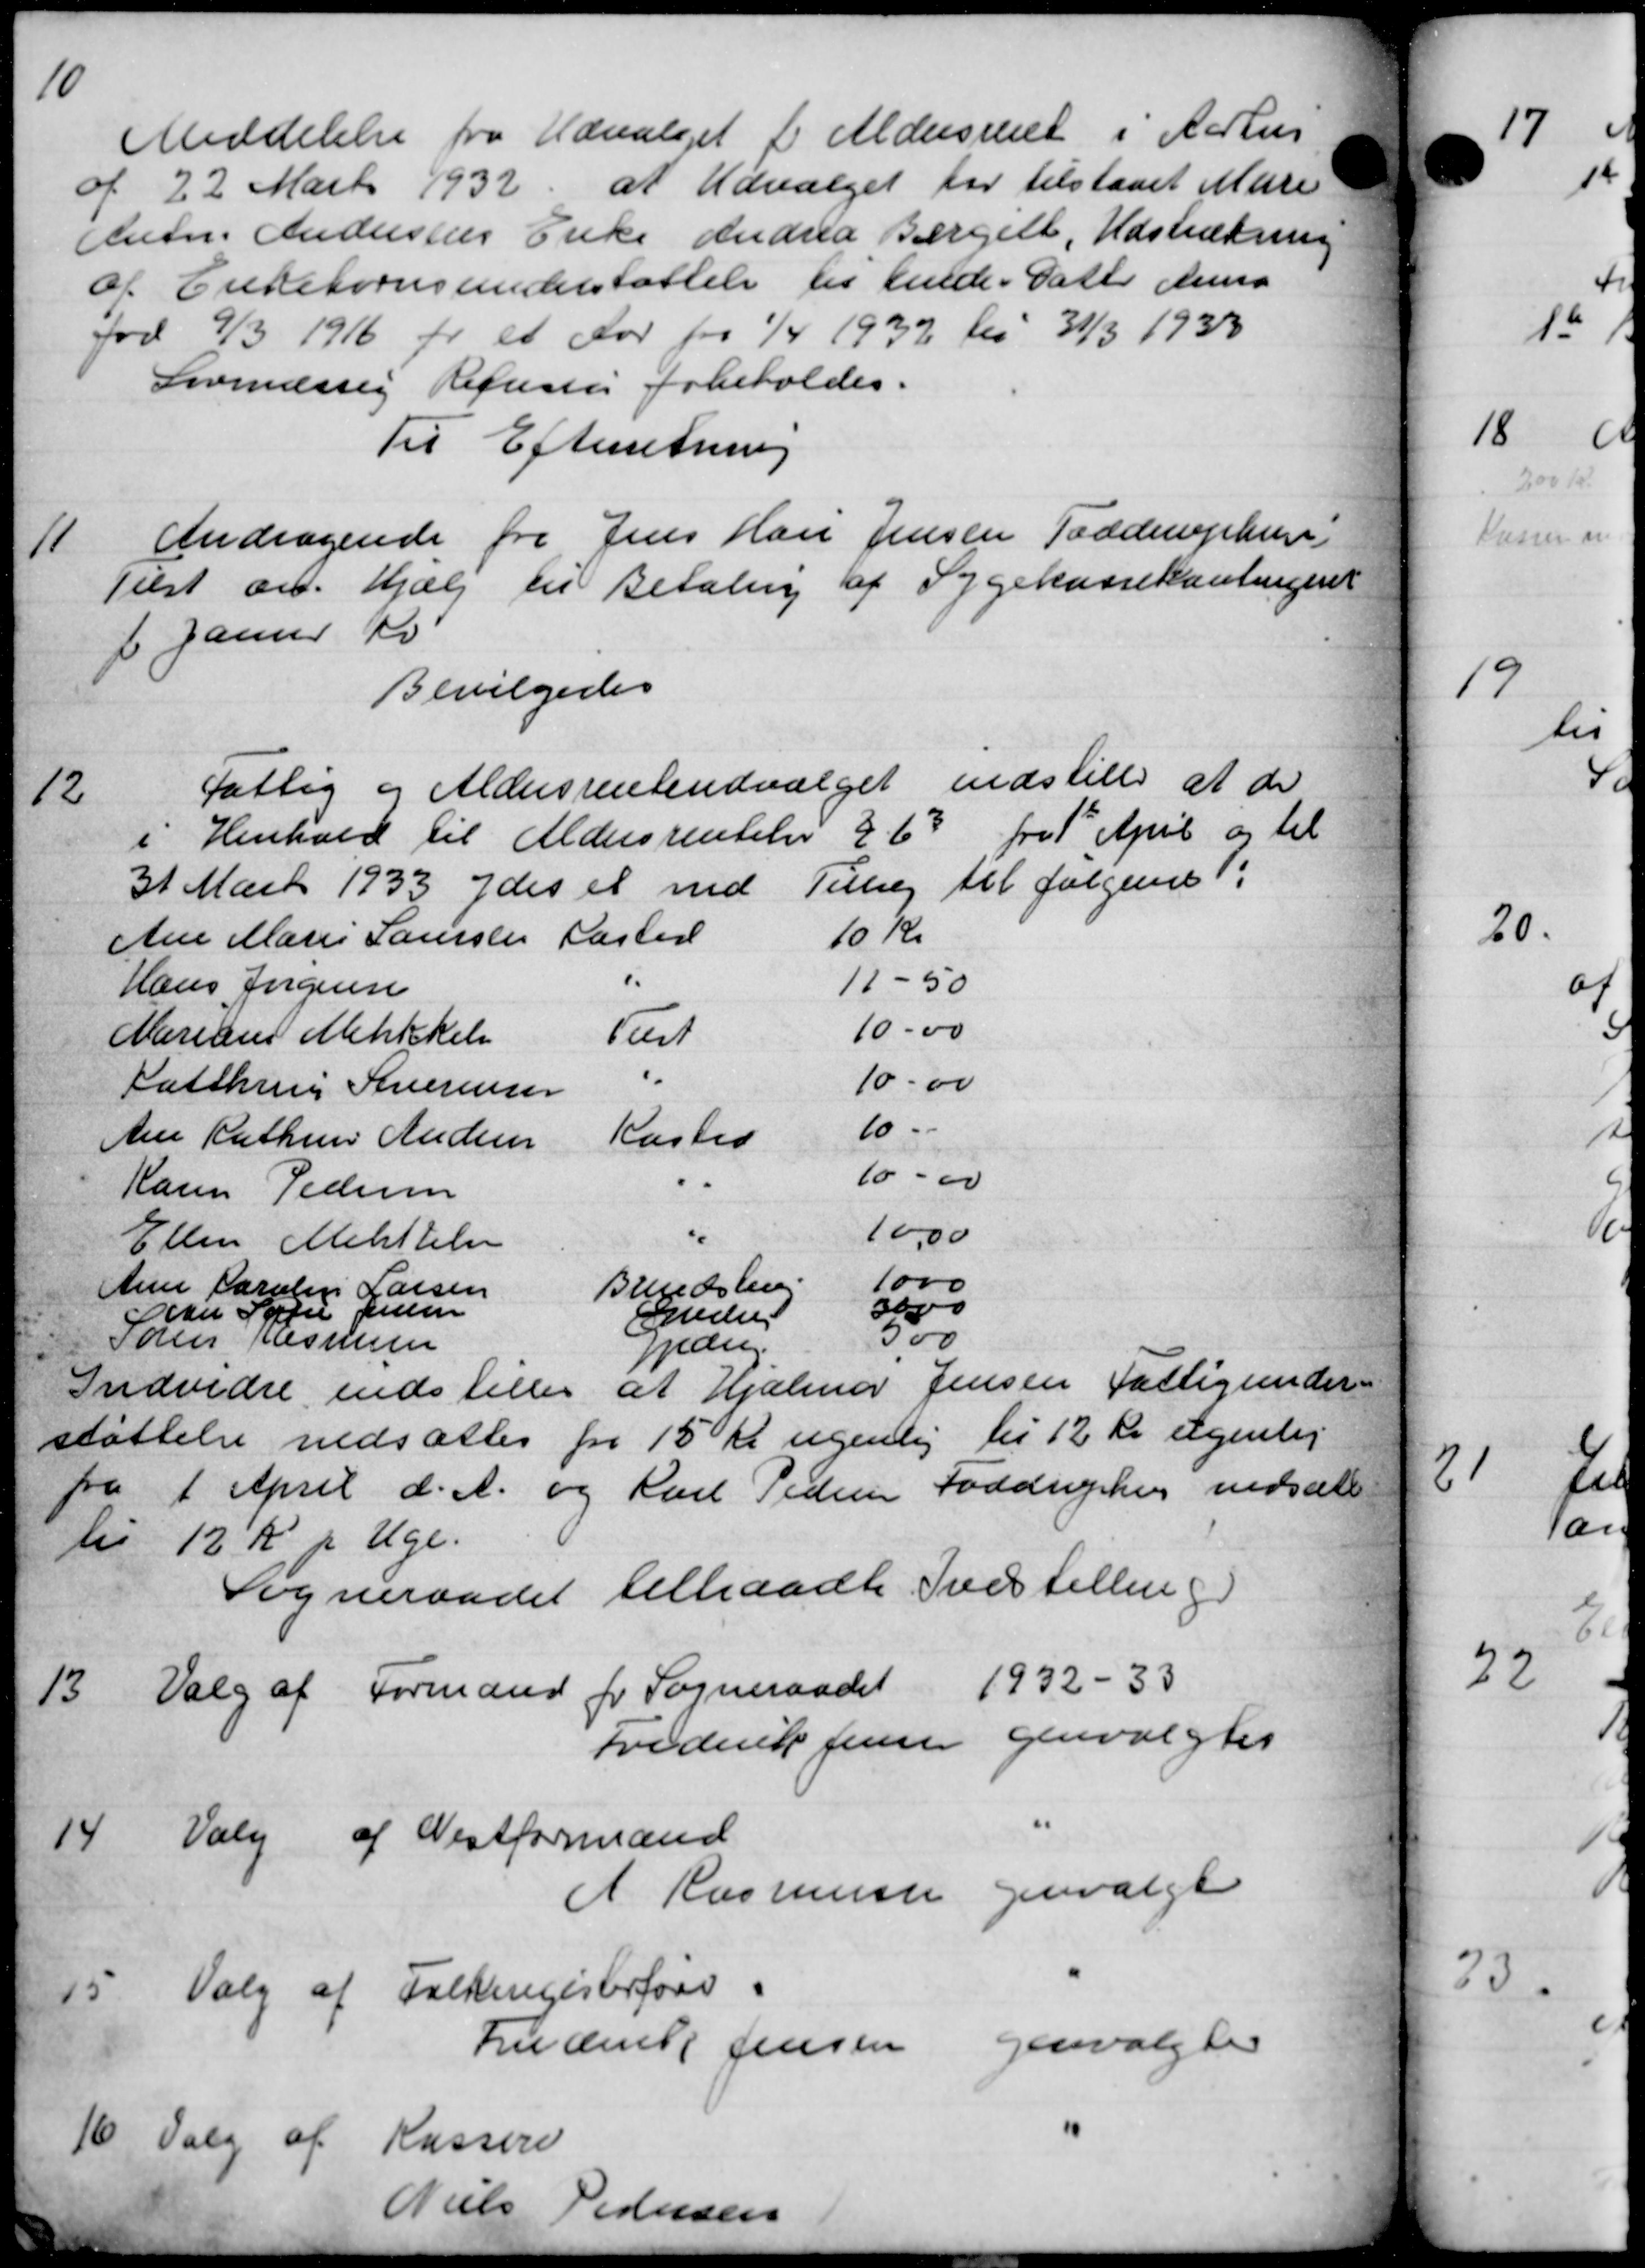
Transskription:
10
Meddelelse fra Udvalget i Aldersrent i Aarhus
af 22 Marts 1932 at Udvalget for tilstaaet Mure
Autn. Andersens Enke Andrea Bergels, Udstrækning
af Enkebørnsunderstøttelse til hender Datte dens
fod 9/3 1916 for et Aar fra 1/4 1932 til 31/3 1933
Lovmæssig Refustes forbeholdes.
Til Efterretning
11
Andragende fra Jens Han Jensen Todderuphur
Tilst sit Hjælp til Betaling af Sygekassekontingent
2 Janur 1.
Bevilgedes
12
Fattig og Aldersrenteudvalget indstille at de
i Henhold til Aldersrentelser 260 fra 1' April og til
31 Marts 1933 ydes et med Tillæg til følgende 1:
Ane Marie Laursen Casted 10 Kr
Hans Jørgensen " 11-50
Marian Mikkels Vest 10.00
Kathring Severensen 10-00
Ane Ruthins Andersen Kasted 10.
Karen Pedersen 10-00
Ellen Mikkelsen 10,00
Anne Carlsen Larsen Bundslen 1000
Gran Sofie Jensen Svelse 3000
Søren Rasmussen Gjeden. 500
Indvidre indstiller at Hjalmar Jensen Fattigunder-
støttelse nedsattes fra 15 Kr ugenlig til 12 Kr ugenlig
fra 1 April d. A. og Karl Pedersen Foddrghes nedsætte
til 12 Kr pr Uge.
Sogneraadet tiltraadte Indstilling)
13
Valg af Formand for Sogneraadet 1932-33
Frederik Jensen Genvalgtes
14
Valg af Næstformand
A Rasmussen genvalgt
15.
Valg af Folkeregisterføre.
Frederik Jensen genvalgtes
16.
Valg af Kassere
Niels Pedersen